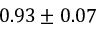
0 . 9 3 \pm 0 . 0 7